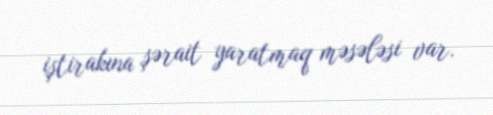
iştirakına şərait yaratmaq məsələsi var.